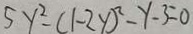
5 y ^ { 2 } - ( 1 - 2 y ) ^ { 2 } - y - 3 = 0